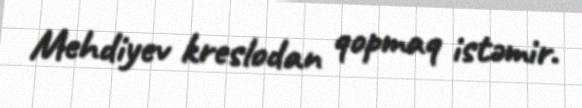
Mehdiyev kreslodan qopmaq istəmir.